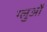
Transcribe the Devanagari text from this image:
ग्लुओं